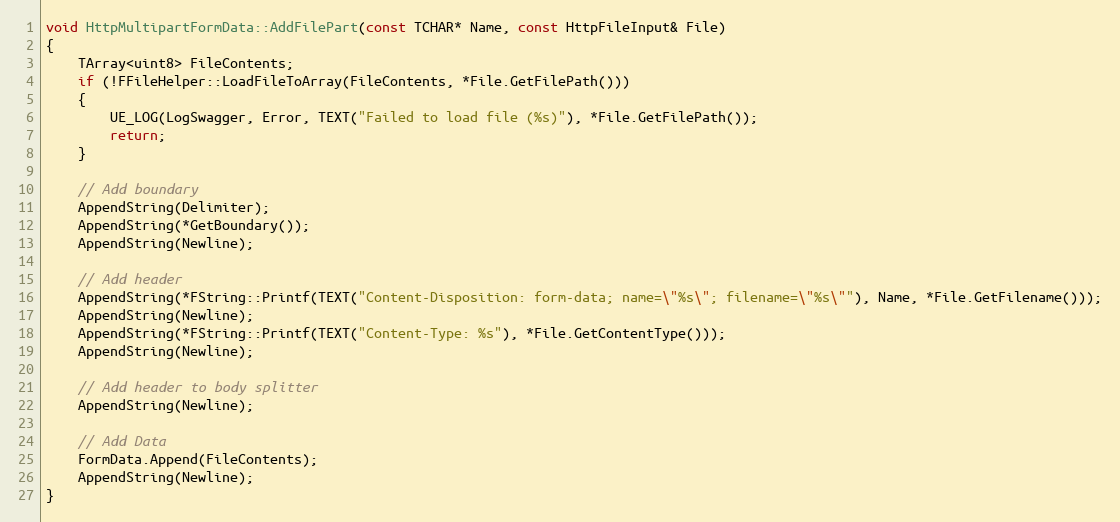
Language: C++
void HttpMultipartFormData::AddFilePart(const TCHAR* Name, const HttpFileInput& File)
{
	TArray<uint8> FileContents;
	if (!FFileHelper::LoadFileToArray(FileContents, *File.GetFilePath()))
	{
		UE_LOG(LogSwagger, Error, TEXT("Failed to load file (%s)"), *File.GetFilePath());
		return;
	}

	// Add boundary
	AppendString(Delimiter);
	AppendString(*GetBoundary());
	AppendString(Newline);

	// Add header
	AppendString(*FString::Printf(TEXT("Content-Disposition: form-data; name=\"%s\"; filename=\"%s\""), Name, *File.GetFilename()));
	AppendString(Newline);
	AppendString(*FString::Printf(TEXT("Content-Type: %s"), *File.GetContentType()));
	AppendString(Newline);

	// Add header to body splitter
	AppendString(Newline);

	// Add Data
	FormData.Append(FileContents);
	AppendString(Newline);
}